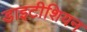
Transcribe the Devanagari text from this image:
डाइटीशियन